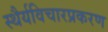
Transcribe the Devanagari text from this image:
स्थैर्यविचारप्रकरण